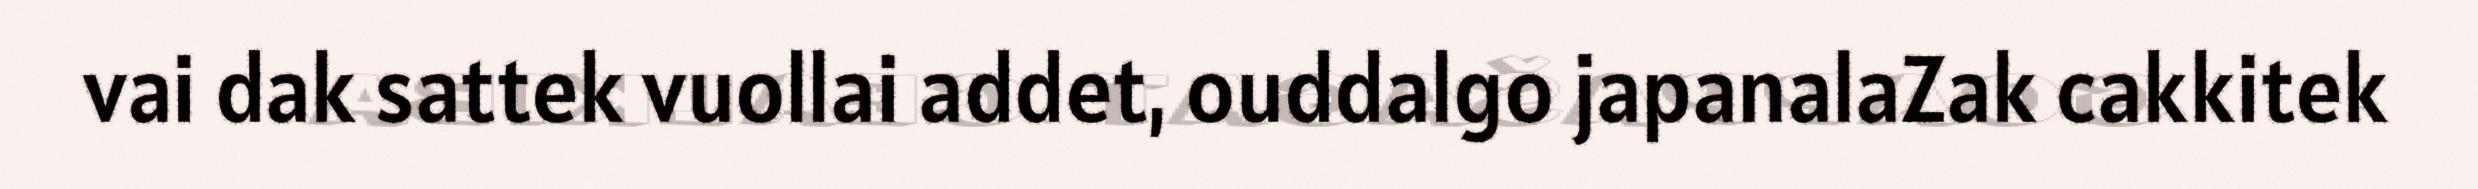
vai dak sattek vuollai addet, ouddalgo japanalaZak cakkitek